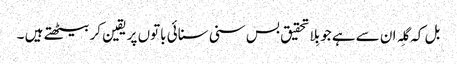
بل کہ گِلہ ان سےہے جو بِلاتحقیق بس سنی سنائی باتوں پر یقین کر بیٹھتے ہیں ۔